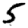
Digit: 5